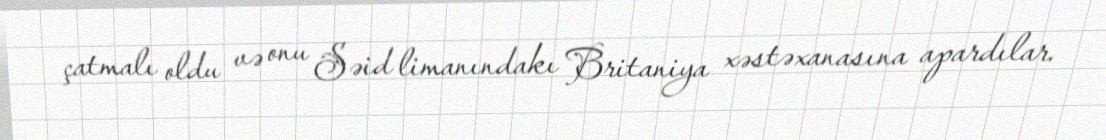
çatmalı oldu və onu Səid limanındakı Britaniya xəstəxanasına apardılar.